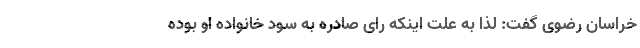
خراسان رضوی گفت: لذا به علت اینکه رای صادره به سود خانواده او بوده